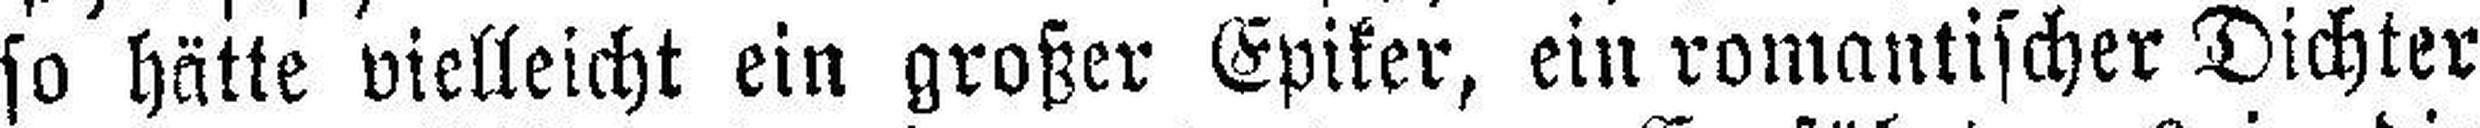
so hätte vielleicht ein großer Epiker, ein romantischer Dichter